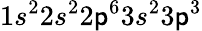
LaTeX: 1s^{2}2s^{2}2\mathsf{p}^{6}3s^{2}3\mathsf{p}^{3}